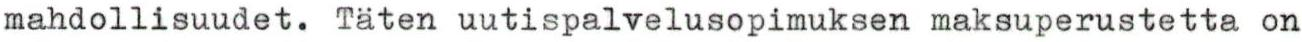
mahdollisuudet. Täten uutispalvelusopimuksen maksuperustetta on